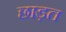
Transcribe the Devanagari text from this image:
छाड़त